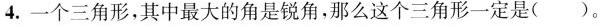
4.一个三角形，其中最大的角是锐角，那么这个三角形一定是( )。